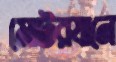
মোটরযানে